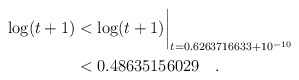
\begin{align*} \log(t+1)& < \log(t+1)\biggr\rvert_{t=0.6263716633 + 10^{-10}} \\& < 0.48635156029\quad . \end{align*}